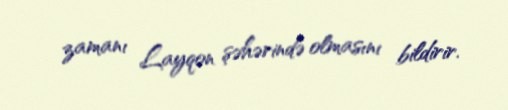
zamanı Layqon şəhərində olmasını bildirir.